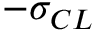
- \sigma _ { C L }